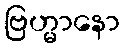
ဗြဟ္မာနော